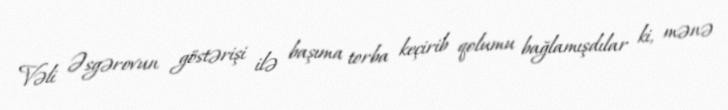
Vəli Əsgərovun göstərişi ilə başıma torba keçirib qolumu bağlamışdılar ki, mənə